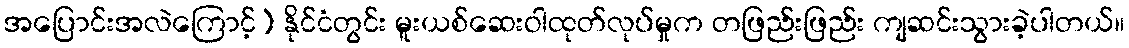
အပြောင်းအလဲကြောင့်) နိုင်ငံတွင်း မူးယစ်ဆေးဝါထုတ်လုပ်မှုက တဖြည်းဖြည်း ကျဆင်းသွားခဲ့ပါတယ်။